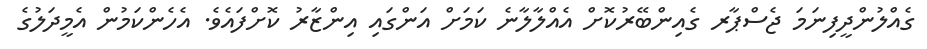
ގެއްލުންދީފިނަމަ ޖެސްޕާރ ގެއިންބޭރުކޮށް އެއްލާލާނެ ކަމަށް އަންގައި އިންޒާރު ކޮށްފައެވެ. އެހެންކަމުން އެމީދަލުގެ